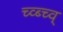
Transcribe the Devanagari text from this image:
च्व्ब्च्व्